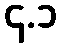
၄.၁